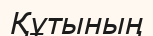
Құтының